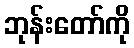
ဘုန်းတော်ကို